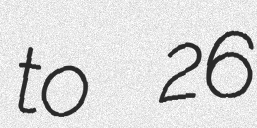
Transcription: to 26